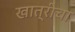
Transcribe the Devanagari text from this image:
खात्रीचा